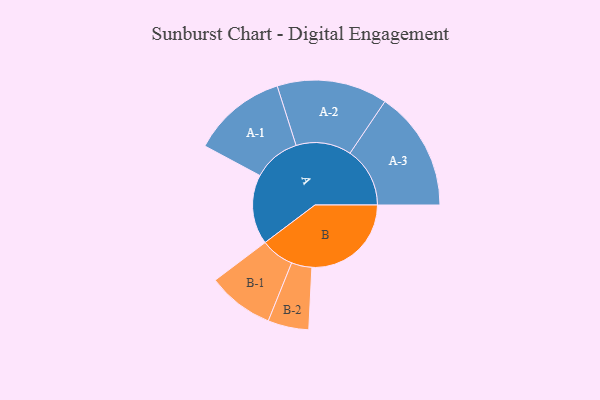
{"axis": {"x": "Segment", "y": "Value"}, "legend": ["", "A", "B"], "data": [{"x": "A", "y": 348, "type": ""}, {"x": "B", "y": 496, "type": ""}, {"x": "A-1", "y": 236, "type": "A"}, {"x": "A-2", "y": 276, "type": "A"}, {"x": "A-3", "y": 299, "type": "A"}, {"x": "B-1", "y": 166, "type": "B"}, {"x": "B-2", "y": 102, "type": "B"}]}